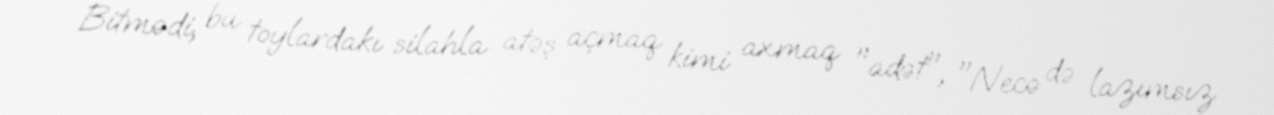
Bitmədi, bu toylardakı silahla atəş açmaq kimi axmaq "adət", "Necə də lazımsız